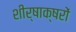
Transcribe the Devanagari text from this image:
शीर्षाक्षरों